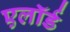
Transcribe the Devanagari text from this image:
एलॉर्ड